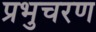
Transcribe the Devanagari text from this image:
प्रभुचरण